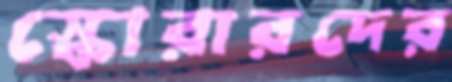
স্কোরারদের